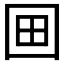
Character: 𡇍